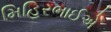
મિહિરભાઈએ